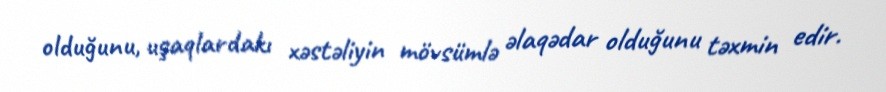
olduğunu, uşaqlardakı xəstəliyin mövsümlə əlaqədar olduğunu təxmin edir.